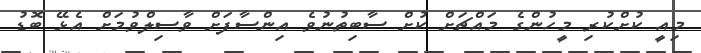
މިއީ ކުށްކުރި މީހުންގެ މައްޗަށް ކުށް ސާބިތުނުވެ އިންސާފަށް ވާސިލްވުމަށް އެޅޭ ބޮޑު